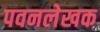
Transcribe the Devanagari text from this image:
पवनलेखक